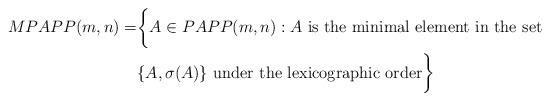
LaTeX: \begin{align*}MPAPP(m,n) = &\biggl\{ A \in PAPP(m,n) : A \mbox{ is the minimal element in the set } \\ &\{ A, \sigma(A) \} \mbox{ under the lexicographic order}\biggr\}\end{align*}